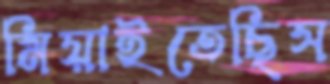
মিয়াইতেছিস